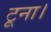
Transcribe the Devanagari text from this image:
टूना।